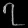
Digit: ၇